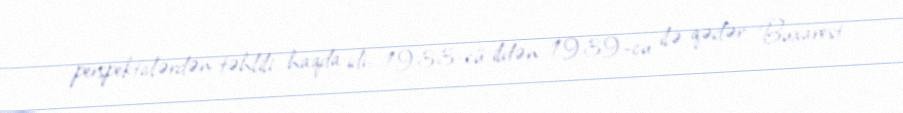
perspektivlərdən təhlili haqda idi. 1933-cü ildən 1939-cu ilə qədər Buxarest